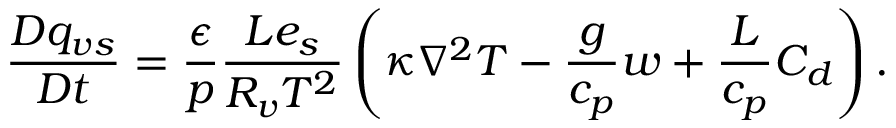
\frac { D q _ { v s } } { D t } = \frac { \epsilon } { p } \frac { L e _ { s } } { R _ { v } T ^ { 2 } } \left( \kappa \nabla ^ { 2 } T - \frac { g } { c _ { p } } w + \frac { L } { c _ { p } } C _ { d } \right) .